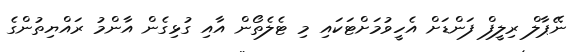
ނޭޕާލް ރިލީފް ފަންޑަށް އެހީވުމަށްޓަކައި މި ޓެލެތޯން އާއި ގުޅިގެން އާންމު ރައްޔިތުންގެ